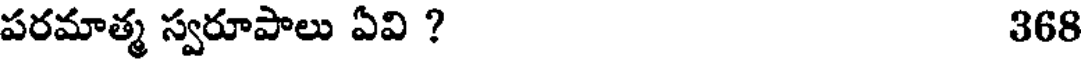
పరమాత్మ స్వరూపాలు ఏవి ? 368